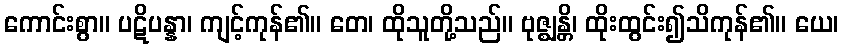
ကောင်းစွာ။ ပဋိပန္နာ၊ ကျင့်ကုန်၏။ တေ၊ ထိုသူတို့သည်။ ဗုဇ္ဈန္တိ၊ ထိုးထွင်း၍သိကုန်၏။ ယေ၊